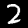
Digit: 2